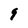
Character: 9